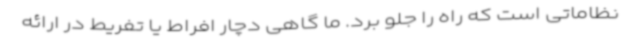
نظاماتی است که راه را جلو برد. ما گاهی دچار افراط یا تفریط در ارائه